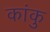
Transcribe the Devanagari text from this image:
कांकु